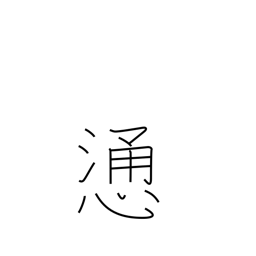
Meaning: direct